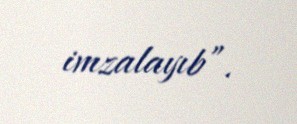
imzalayıb”.